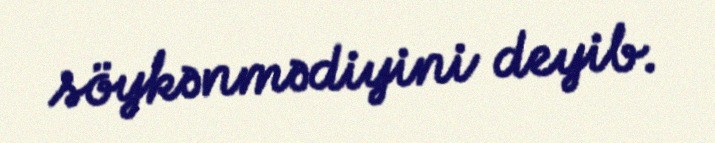
söykənmədiyini deyib.